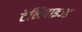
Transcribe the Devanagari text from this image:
टेलिवाइज्ड